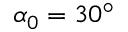
\alpha _ { 0 } = 3 0 ^ { \circ }